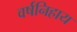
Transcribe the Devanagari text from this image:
वर्षनिहाय